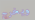
ويخرج